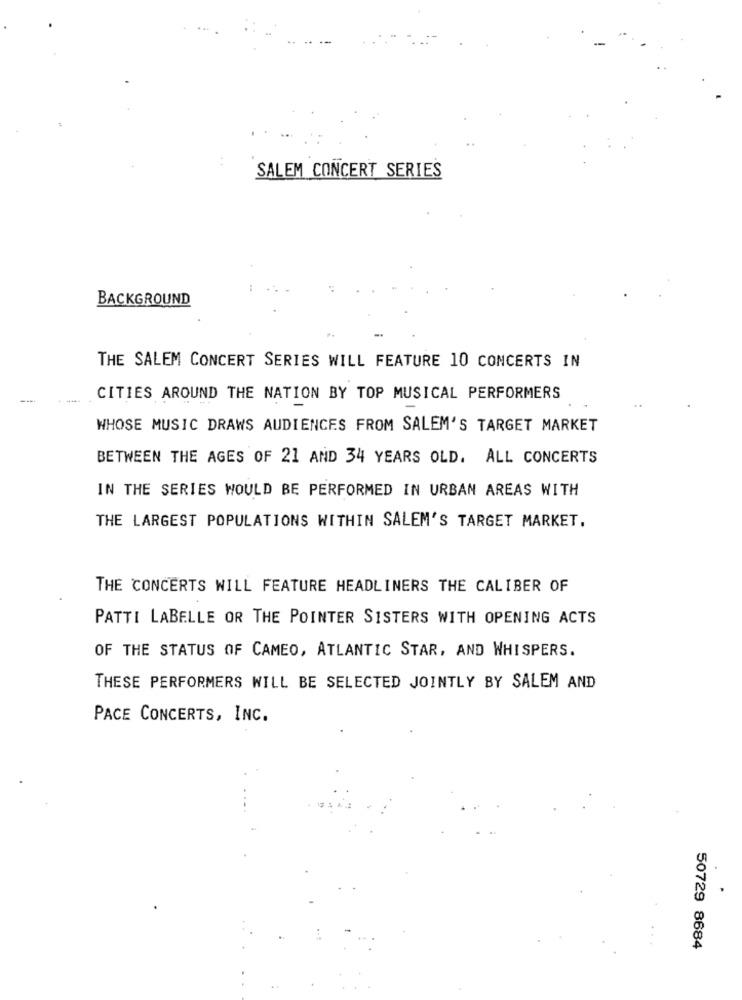
SALEM CONCERT SERIES
BACKGROUND
THE SALEM CONCERT SERIES WILL FEATURE 10 CONCERTS IN
----
CITIES AROUND THE NATION BY TOP MUSICAL PERFORMERS
WHOSE MUSIC DRAWS AUDIENCES FROM SALEM'S TARGET MARKET
BETWEEN THE AGES OF 21 AND 34 YEARS OLD. ALL CONCERTS
IN THE SERIES WOULD BE PERFORMED IN URBAN AREAS WITH
THE LARGEST POPULATIONS WITHIN SALEM'S TARGET MARKET.
THE CONCERTS WILL FEATURE HEADLINERS THE CALIBER OF
PATTI LABELLE OR THE POINTER SISTERS WITH OPENING ACTS
OF THE STATUS OF CAMEO, ATLANTIC STAR, AND WHISPERS.
THESE PERFORMERS WILL BE SELECTED JOINTLY BY SALEM AND
PACE CONCERTS, INC.
50729 8684